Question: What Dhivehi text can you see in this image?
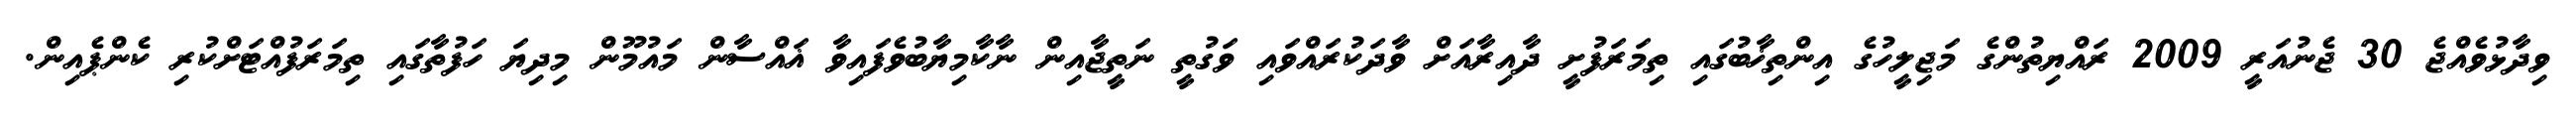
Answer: ވިދާޅުވެއްޖެ 30 ޖެނުއަރީ 2009 ރައްޔިތުންގެ މަޖިލީހުގެ އިންތިޚާބުގައި ތިމަރަފުށީ ދާއިރާއަށް ވާދަކުރައްވައި ވަގުތީ ނަތީޖާއިން ނާކާމިޔާބުވެފައިވާ ޣައްސާން މައުމޫން މިދިޔަ ހަފުތާގައި ތިމަރަފުއްޓަށްކުރި ކެންޕެއިން.